Leaving Certificate Examination (including Day School Certificate (Higher) General paper), 1939
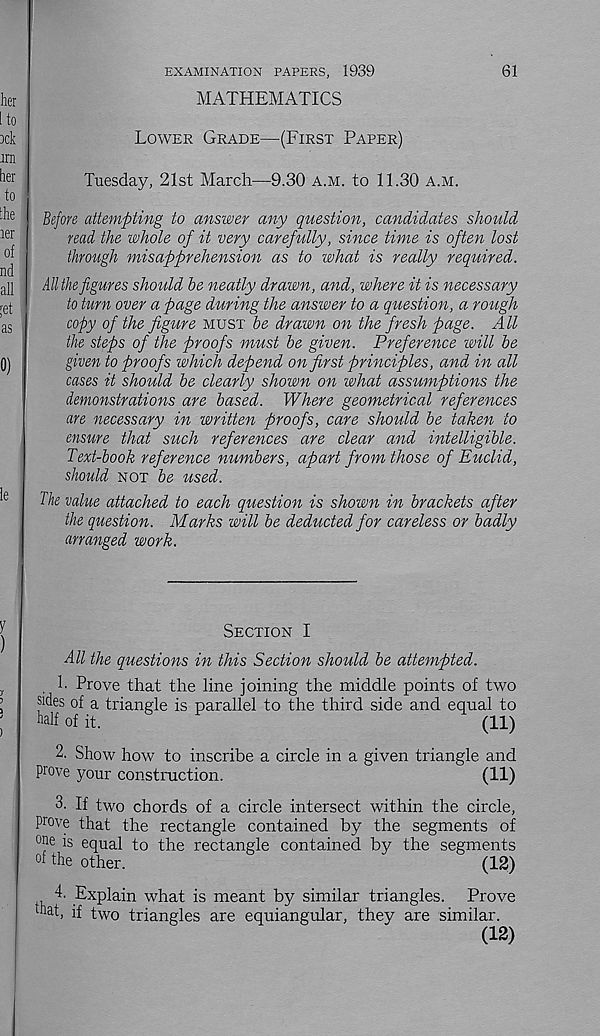
EXAMINATION PAPERS, 1939
MATHEMATICS
61
Lower Grade—(First Paper)
Tuesday, 21st March—9.30 a.m. to 11.30 a.m.
Before attempting to answer any question, candidates should
read the whole of it very carefully, since time is often lost
through misapprehension as to what is really required.
All the figures should be 7ieatly drawn, and, where it is necessary
to turn over a page during the answer to a question, a rough
copy of the figure must be drawn on the fresh page. All
the steps of the proofs must be given. Preference will be
given to proofs which depend on first principles, and in all
cases it should be clearly shown on what assumptions the
demonstrations are based. Where geometrical references
are necessary in written proofs, care should be taken to
ensure that such references are clear and intelligible.
Text-book reference numbers, apart from those of Euclid,
should not be used.
The value attached to each question is shown in brackets after
the question. Marks will be deducted for careless or badly
arranged work.
Section I
All the questions in this Section should be attempted.
h Prove that the line joining the middle points of two
sides of a triangle is parallel to the third side and equal to
half of it.
(11)
2. Show how to inscribe a circle in a given triangle and
prove your construction.
(11)
3. If two chords of a circle intersect within the circle,
prove that the rectangle contained by the segments of
°ri e is equal to the rectangle contained by the segments
of the other.
(12)
4. Explain what is meant by similar triangles. Prove
that, if two triangles are equiangular, they are similar.
(12)